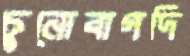
চুনোবাগদি